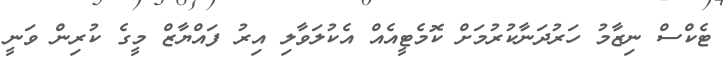
ޓެކްސް ނިޒާމު ހަރުދަނާކުރުމަށް ކޮމެޓީއެއް އެކުލަވާލި އިރު ފައްޔާޒް މީގެ ކުރިން ވަނީ